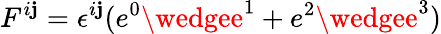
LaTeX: F^{i\mathbf{j}}=\epsilon^{i\mathbf{j}}(e^{0}\wedgee^{1}+e^{2}\wedgee^{3})